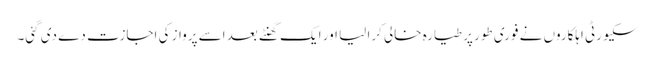
سکیورٹی اہلکاروں نے فوری طور پر طیارہ خالی کرا لیا اور ایک گھنٹے بعد اسے پرواز کی اجازت دے دی گئی۔